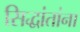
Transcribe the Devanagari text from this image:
सिद्धांतांना